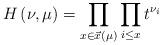
LaTeX: \begin{align*}H\left(\nu,\mu\right)=\prod_{x \in \vec{x}(\mu)}\prod_{i \leq x}t^{\nu_i}\end{align*}